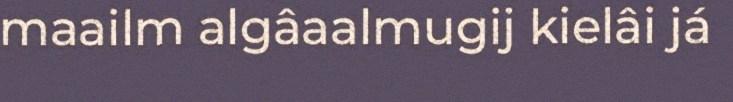
maailm algâaalmugij kielâi já